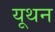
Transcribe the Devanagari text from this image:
यूथन